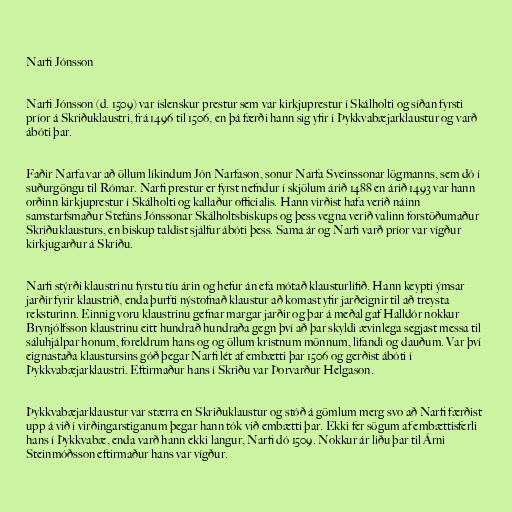
Narfi Jónsson

Narfi Jónsson (d. 1509) var íslenskur prestur sem var kirkjuprestur í Skálholti og síðan fyrsti
príor á Skriðuklaustri, frá 1496 til 1506, en þá færði hann sig yfir í Þykkvabæjarklaustur og varð
ábóti þar.

Faðir Narfa var að öllum líkindum Jón Narfason, sonur Narfa Sveinssonar lögmanns, sem dó í
suðurgöngu til Rómar. Narfi prestur er fyrst nefndur í skjölum árið 1488 en árið 1493 var hann
orðinn kirkjuprestur í Skálholti og kallaður officialis. Hann virðist hafa verið náinn
samstarfsmaður Stefáns Jónssonar Skálholtsbiskups og þess vegna verið valinn forstöðumaður
Skriðuklausturs, en biskup taldist sjálfur ábóti þess. Sama ár og Narfi varð príor var vígður
kirkjugarður á Skriðu.

Narfi stýrði klaustrinu fyrstu tíu árin og hefur án efa mótað klausturlífið. Hann keypti ýmsar
jarðir fyrir klaustrið, enda þurfti nýstofnað klaustur að komast yfir jarðeignir til að treysta
reksturinn. Einnig voru klaustrinu gefnar margar jarðir og þar á meðal gaf Halldór nokkur
Brynjólfsson klaustrinu eitt hundrað hundraða gegn því að þar skyldi ævinlega segjast messa til
sáluhjálpar honum, foreldrum hans og og öllum kristnum mönnum, lifandi og dauðum. Var því
eignastaða klaustursins góð þegar Narfi lét af embætti þar 1506 og gerðist ábóti í
Þykkvabæjarklaustri. Eftirmaður hans í Skriðu var Þorvarður Helgason.

Þykkvabæjarklaustur var stærra en Skriðuklaustur og stóð á gömlum merg svo að Narfi færðist
upp á við í virðingarstiganum þegar hann tók við embætti þar. Ekki fer sögum af embættisferli
hans í Þykkvabæ, enda varð hann ekki langur, Narfi dó 1509. Nokkur ár liðu þar til Árni
Steinmóðsson eftirmaður hans var vígður.